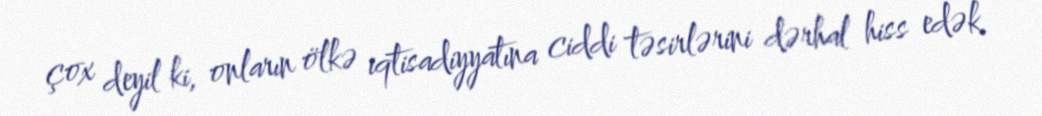
çox deyil ki, onların ölkə iqtisadiyyatına ciddi təsirlərini dərhal hiss edək.